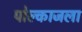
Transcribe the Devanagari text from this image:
पोल्काजला